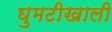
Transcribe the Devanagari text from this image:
घुमटीखाली